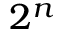
2 ^ { n }